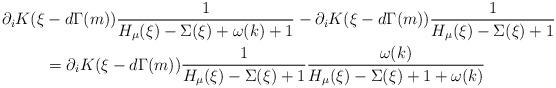
LaTeX: \begin{align*}\partial_i K(\xi&-d\Gamma(m))\frac{1}{H_\mu(\xi)-\Sigma(\xi)+\omega(k)+1}-\partial_i K (\xi-d\Gamma(m))\frac{1}{H_\mu(\xi)-\Sigma(\xi)+1}\\&=\partial_i K(\xi-d\Gamma(m))\frac{1}{H_\mu(\xi)-\Sigma(\xi)+1}\frac{\omega(k)}{H_\mu(\xi)-\Sigma(\xi)+1+\omega(k)}\end{align*}